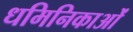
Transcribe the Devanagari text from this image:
धमिनिकाओं